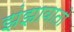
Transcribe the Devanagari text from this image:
झंझावातो